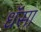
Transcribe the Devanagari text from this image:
धॅसा